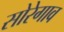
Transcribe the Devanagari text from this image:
सोरेगाव